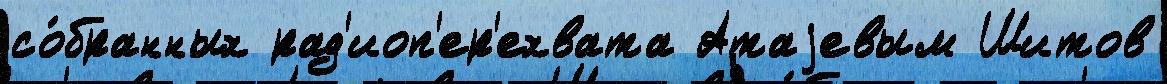
со́бранных рад'иоп'ер'ехвата Атаjевым Шитов